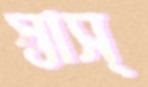
স্বাস্